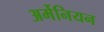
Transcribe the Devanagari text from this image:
अर्मेनियन